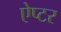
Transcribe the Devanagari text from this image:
ऐप्टर